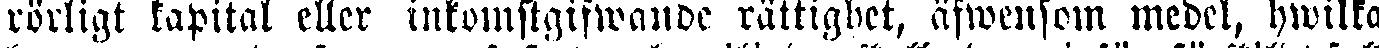
rörligt kapital eller inkomstgifwande rättighet, äfwensom medel, hwilka